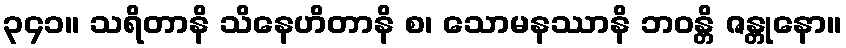
၃၄၁။ သရိတာနိ သိနေဟိတာနိ စ၊ သောမနဿာနိ ဘဝန္တိ ဇန္တုနော။